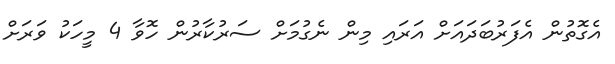
އެގޮތުން އެފަރުބަދައަށް އަރައި މިން ނެގުމަށް ސަރުކާރުން ހޮވާ 4 މީހަކު ވަރަށް